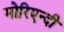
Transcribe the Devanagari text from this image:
मोरिएन्दी